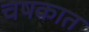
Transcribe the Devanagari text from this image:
चषकात